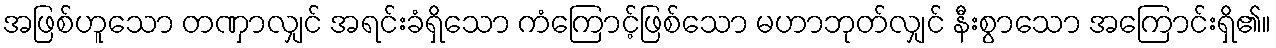
အဖြစ်ဟူသော တဏှာလျှင် အရင်းခံရှိသော ကံကြောင့်ဖြစ်သော မဟာဘုတ်လျှင် နီးစွာသော အကြောင်းရှိ၏။